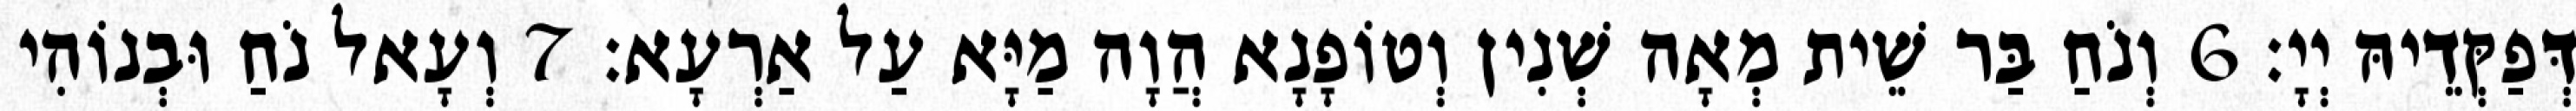
דְּפַקְּדֵיהּ יְיָ׃ 6 וְנֹחַ בַּר שֵׁית מְאָה שְׁנִין וְטוֹפָנָא הֲוָה מַיָּא עַל אַרְעָא׃ 7 וְעָאל נֹחַ וּבְנוֹהִי